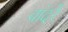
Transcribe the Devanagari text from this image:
वांदरे